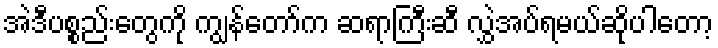
အဲဒီပစ္စည်းတွေကို ကျွန်တော်က ဆရာကြီးဆီ လွှဲအပ်ရမယ်ဆိုပါတော့